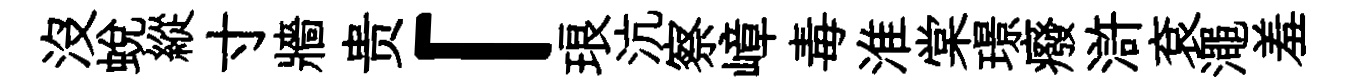
沒蛻縱寸牆贵「琅沆察嶂毒淮棠璟癈滸袞澠羞